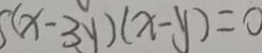
S ( x - 3 y ) ( x - y ) = 0